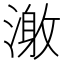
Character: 𰜹